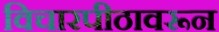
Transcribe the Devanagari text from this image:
विचारपीठावरून